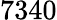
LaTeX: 7340